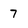
Character: 7